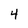
Character: 4